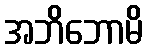
အဘိဘောမိ